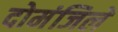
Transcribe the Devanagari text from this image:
दोमंजिले